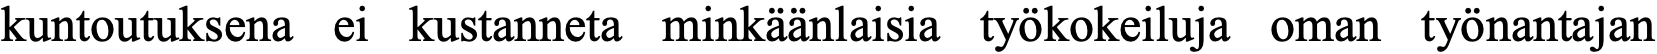
kuntoutuksena ei kustanneta minkäänlaisia työkokeiluja oman työnantajan